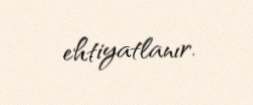
ehtiyatlanır.